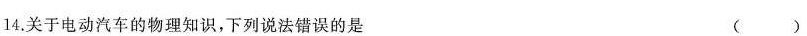
14.关于电动汽车的物理知识，下列说法错误的是 ()